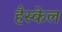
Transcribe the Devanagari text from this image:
हैस्केल